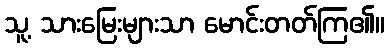
သူ့ သားမြေးများသာ မောင်းတတ်ကြ၏။